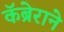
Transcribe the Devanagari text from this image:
कॅब्रेराने